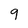
Character: 9